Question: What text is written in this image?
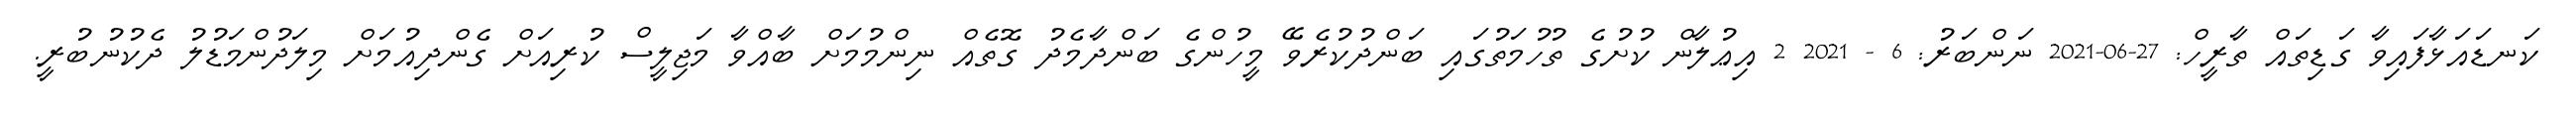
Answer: ކަނޑައަޅާފައިވާ ގަޑިތައް ތާރީހް: 27-06-2021 ނަންބަރު: 6 - 2021 2 އިޢުލާން ކުށުގެ ތުހުމަތުގައި ބަންދުކުރެވޭ މީހުންގެ ބަންދާމެދު ގޮތެއް ނިންމުމަށް ބާއްވާ މަޖިލީސް ކުރިއަށް ގެންދިއުމަށް މިލަދުންމަޑުލު ދެކުނުބުރީ.